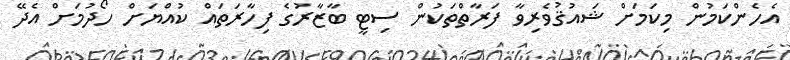
އެހެންކަމުން މިކަމަށް ޝައުޤުވެރިވާ ފަރާތްތަކުން ސިޓީ ބާޒާރުގެ ފިހާރަތައް ކުއްޔަށް ހޯދުމަށް އެދޭ